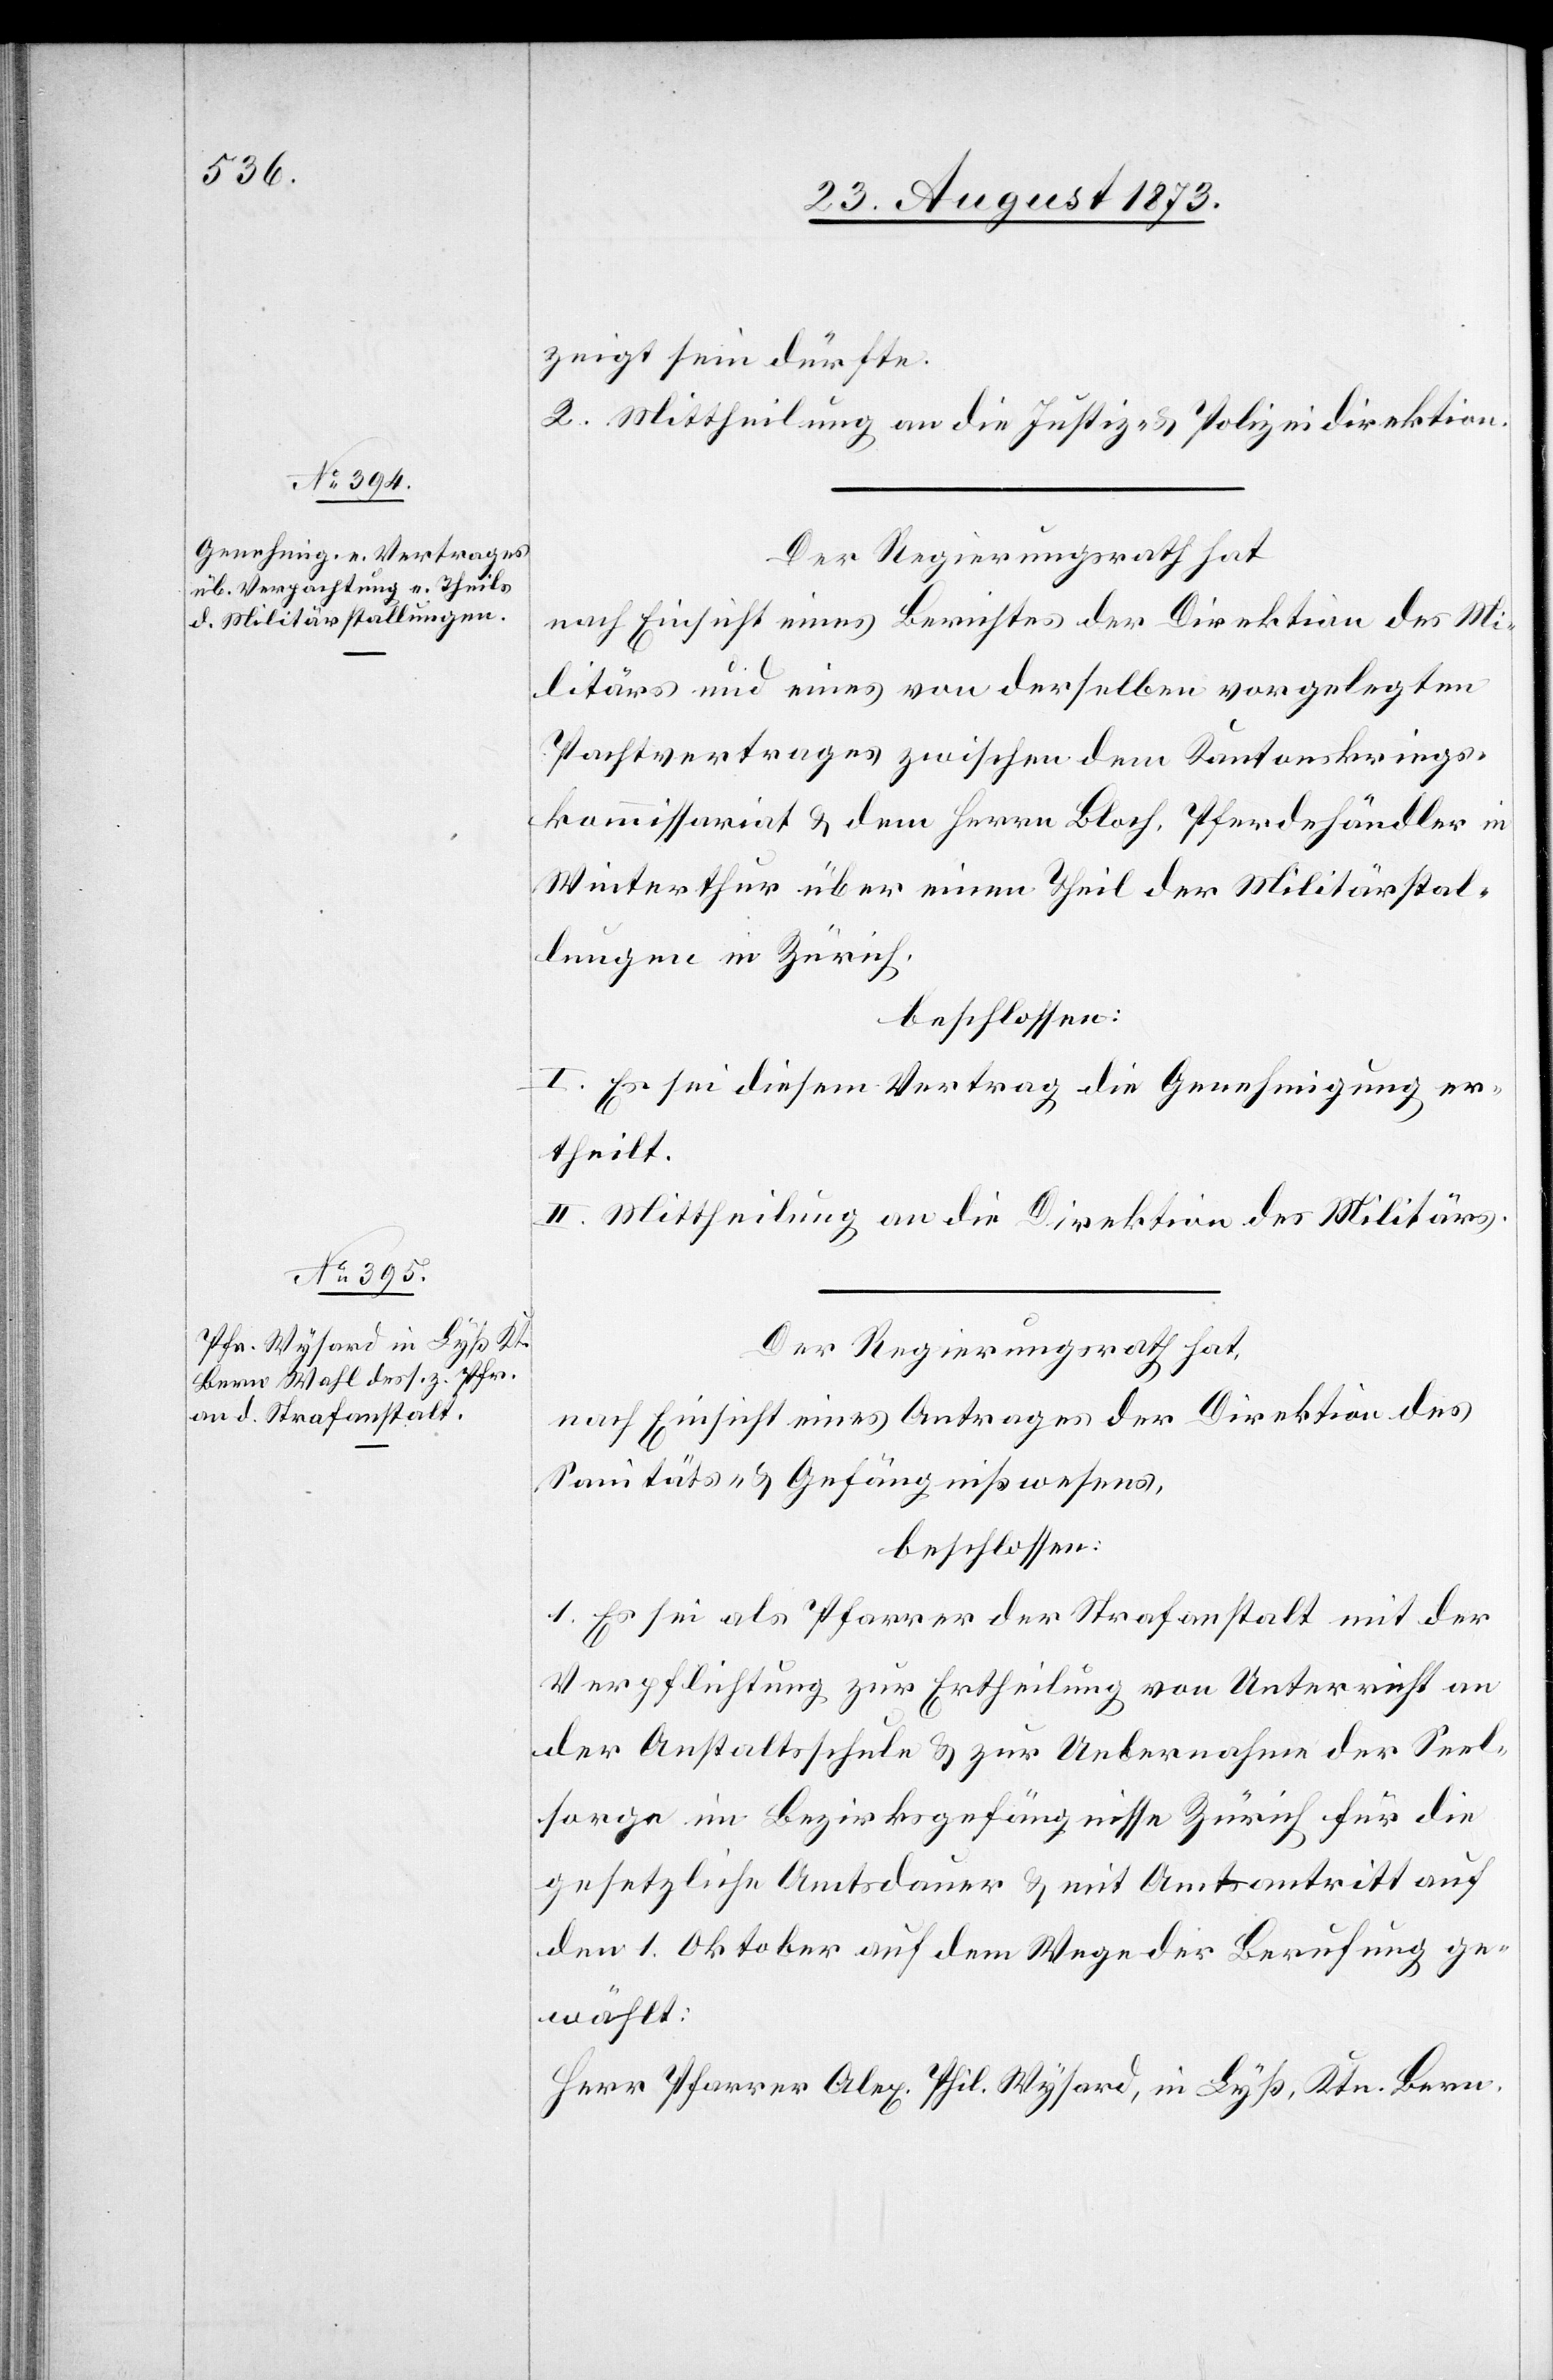
zeigt sein dürfte.
2. Mittheilung an die Justiz- & Polizeidirektion.
Der Regierungsrath hat
nach Einsicht eines Berichtes der Direktion des Mi¬
litärs und eines von derselben vorgelegten
Pachtvertrages zwischen dem Kantonskriegs¬
kommissariat & dem Herrn Bloch, Pferdehändler in
Winterthur über einen Theil der Militärstal¬
lungen in Zürich,
beschlossen:
I. Es sei diesem Vertrag die Genehmigung er¬
theilt.
II. Mittheilung an die Direktion des Militärs.
Der Regierungsrath hat
nach Einsicht eines Antrages der Direktion des
Sanitäts- & Gefängnißwesens,
beschlossen:
1. Es sei als Pfarrer der Strafanstalt mit der
Verpflichtung zur Ertheilung von Unterricht an
der Anstaltsschule & zur Uebernahme der Seel¬
sorge im Bezirksgefängnisse Zürich für die
gesetzliche Amtsdauer & mit Amtsantritt auf
den 1. Oktober auf dem Wege der Berufung ge¬
wählt:
Herr Pfarrer Alex. Phil. Wysard, in Lyß, Ktn. Bern.